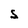
Character: S